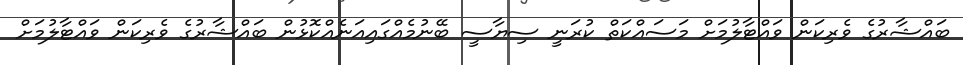
ބައްޝާރުގެ ވެރިކަން ވައްޓާލުމަށް މަސައްކަތް ކުރަނީ ސިޔާސީ ބޭނުމެއްގައިއަނެއްކޮޅުން ބައްޝާރުގެ ވެރިކަން ވައްޓާލުމަށް